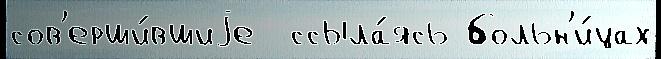
сов'ерши́вшиjе  ссыла́ясь больн'и́цах